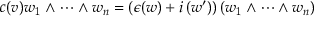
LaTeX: c ( v ) w _ { 1 } \wedge \cdots \wedge w _ { n } = \left( \epsilon ( w ) + i \left( w ^ { \prime } \right) \right) \left( w _ { 1 } \wedge \cdots \wedge w _ { n } \right)